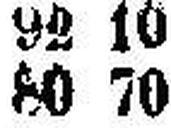
80 70